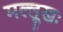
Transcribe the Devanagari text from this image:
मल्लूखः